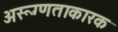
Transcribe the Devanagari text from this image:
अरूग्णताकारक